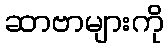
ဆာဗာများကို